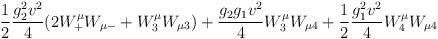
LaTeX: \begin{align*}\frac 12 {g_2 ^2 v^2 \over 4} (2 W^\mu_+ W_{\mu -} + W^\mu_3 W_{\mu 3})+ {g_2 g_1 v^2 \over 4} W^\mu _3 W _{\mu4} +\frac 12 {g_1 ^2 v^2 \over 4} W^\mu_4 W _{\mu 4}\end{align*}